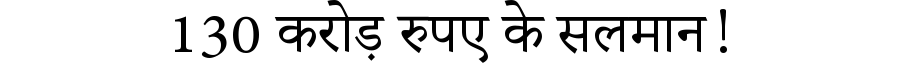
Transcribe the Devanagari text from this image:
130 करोड़ रुपए के सलमान!